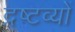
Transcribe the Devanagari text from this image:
द्रष्टव्यों